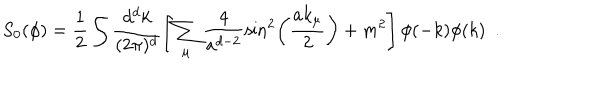
LaTeX: S _ { 0 } ( \phi ) = \frac { 1 } { 2 } \int \frac { d ^ { d } k } { ( 2 \pi ) ^ { d } } \left[ \sum _ { \mu } \frac { 4 } { a ^ { d - 2 } } \sin ^ { 2 } \left( \frac { a k _ { \mu } } { 2 } \right) + m ^ { 2 } \right] \phi ( - k ) \phi ( k ) \ \ .